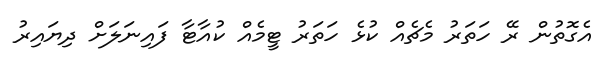
އެގޮތުން ރޭ ހަތަރު މެޗެއް ކުޅެ ހަތަރު ޓީމެއް ކުއާޓާ ފައިނަލަށް ދިޔައިރު